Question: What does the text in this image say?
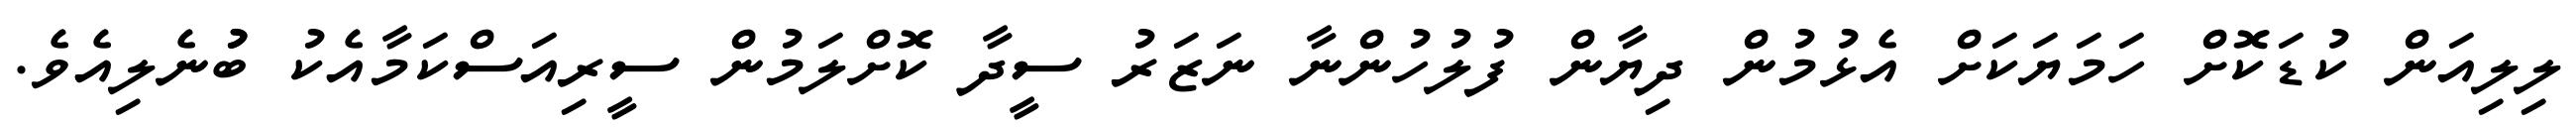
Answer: ލިލިއަން ކުޑަކޮށް ހަމަޔަކަށް އެޅުމުން ދިޔާން ފުލުހުންނާ ނަޒަރު ސީދާ ކޮށްލަމުން ސީރިއަސްކަމާއެކު ބުުނެލިއެވެ.